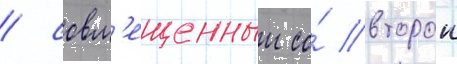
/ совм'ещенныи со́ второи